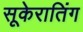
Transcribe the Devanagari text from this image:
सूकेरातिंग